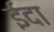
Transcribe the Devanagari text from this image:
ईदा